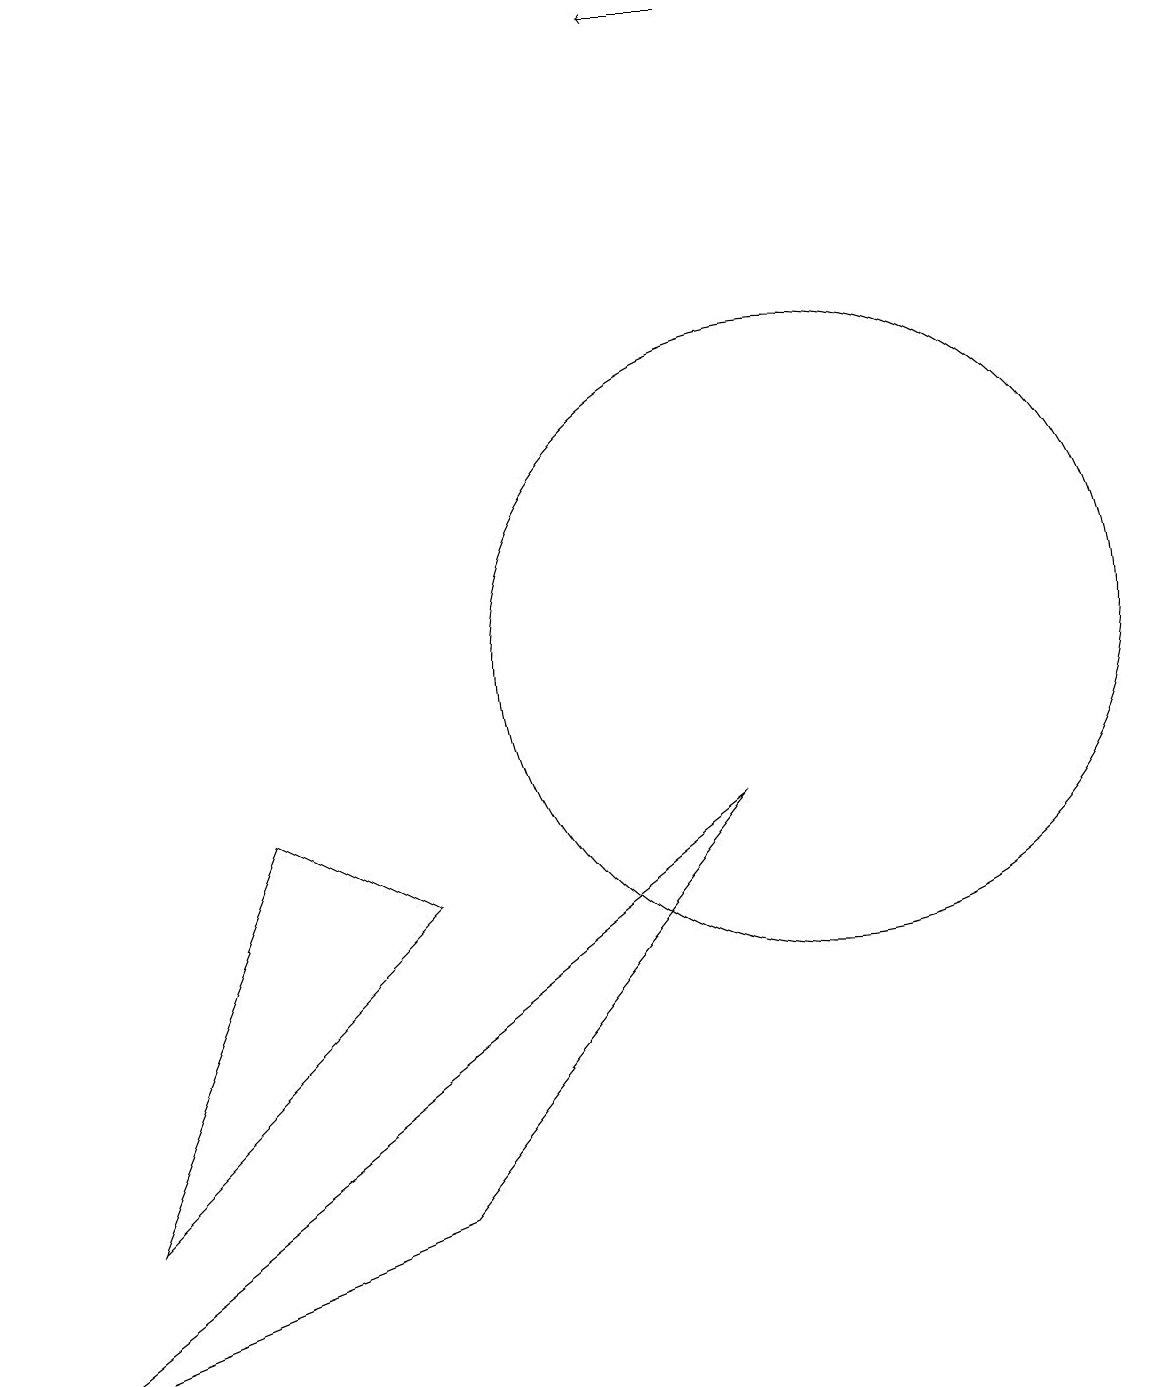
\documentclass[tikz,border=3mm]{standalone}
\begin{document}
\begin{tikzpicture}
\draw[->] (9,19) -- (8,19);
\draw (1,4) -- (3,9) -- (5,8) -- cycle;
\draw (5,12) rectangle (5,12);
\draw (10,11) circle (4);
\draw (9,9) -- (0,2) -- (5,4) -- cycle;
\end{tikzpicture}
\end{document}